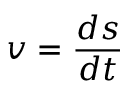
v = { \frac { d s } { d t } }